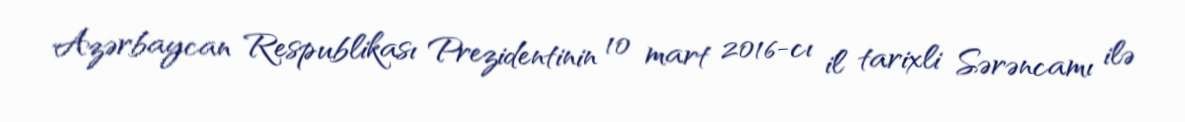
Azərbaycan Respublikası Prezidentinin 10 mart 2016-cı il tarixli Sərəncamı ilə